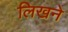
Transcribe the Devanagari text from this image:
लिखने